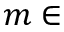
m \in